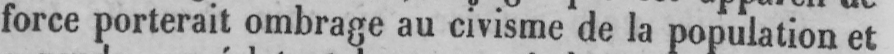
force porterait ombrage au civisme de la population et